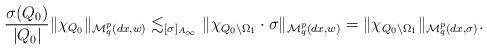
LaTeX: \begin{align*}\frac{\sigma(Q_0)}{|Q_0|}\|\chi_{Q_0}\|_{\mathcal{M}^p_q(dx,w)}\lesssim_{[\sigma]_{A_\infty}}\|\chi_{Q_0\setminus\Omega_1}\cdot\sigma\|_{\mathcal{M}^p_q(dx,w)}=\|\chi_{Q_0\setminus\Omega_1}\|_{\mathcal{M}^p_q(dx,\sigma)}.\end{align*}